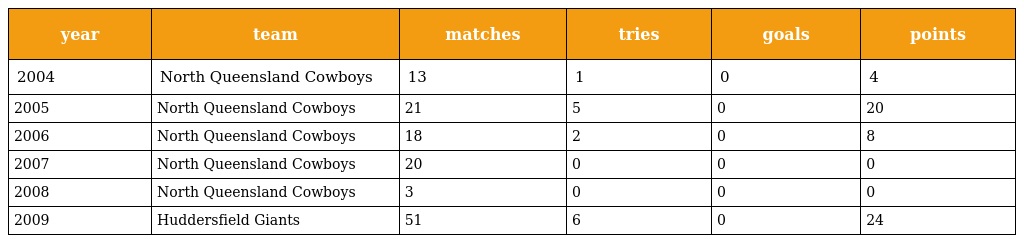
| year | team | matches | tries | goals | points |
 | --- | --- | --- | --- | --- | --- |
 | 2004 | North Queensland Cowboys | 13 | 1 | 0 | 4 |
 | 2005 | North Queensland Cowboys | 21 | 5 | 0 | 20 |
 | 2006 | North Queensland Cowboys | 18 | 2 | 0 | 8 |
 | 2007 | North Queensland Cowboys | 20 | 0 | 0 | 0 |
 | 2008 | North Queensland Cowboys | 3 | 0 | 0 | 0 |
 | 2009 | Huddersfield Giants | 51 | 6 | 0 | 24 |